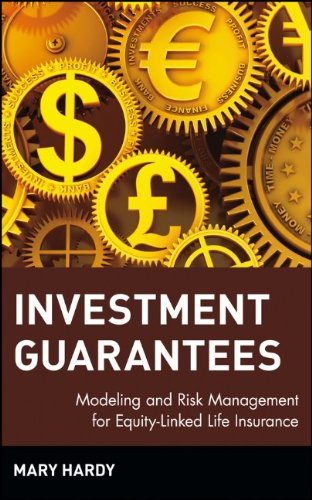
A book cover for Investment Guarantees: The New Science of Modeling and Risk Management for Equity-Linked Life Insurance; Mary Hardy; Business & Money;